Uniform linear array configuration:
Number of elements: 24
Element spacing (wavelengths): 0.75
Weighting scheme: kaiser
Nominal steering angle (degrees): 30
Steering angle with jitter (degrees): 28.735
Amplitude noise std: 0.05
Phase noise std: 0.05

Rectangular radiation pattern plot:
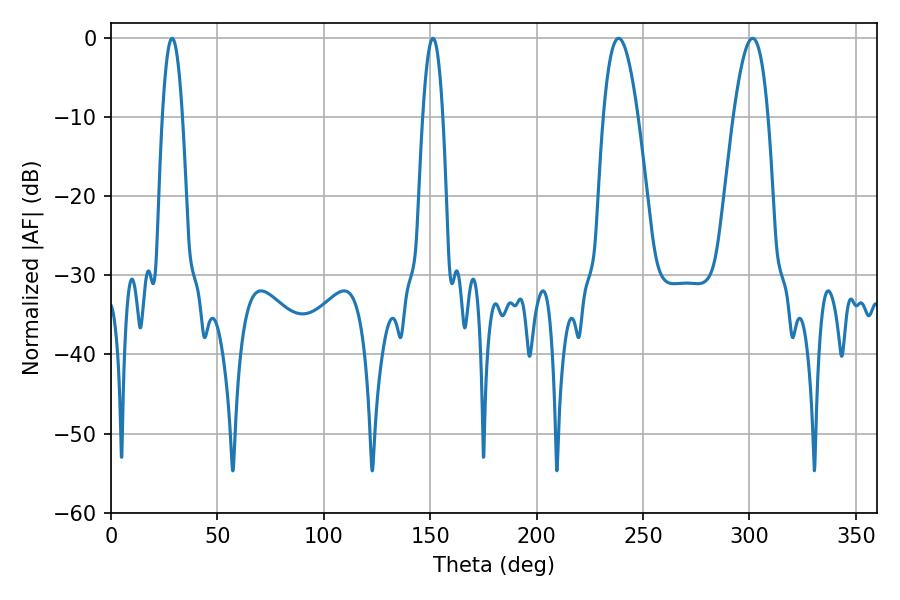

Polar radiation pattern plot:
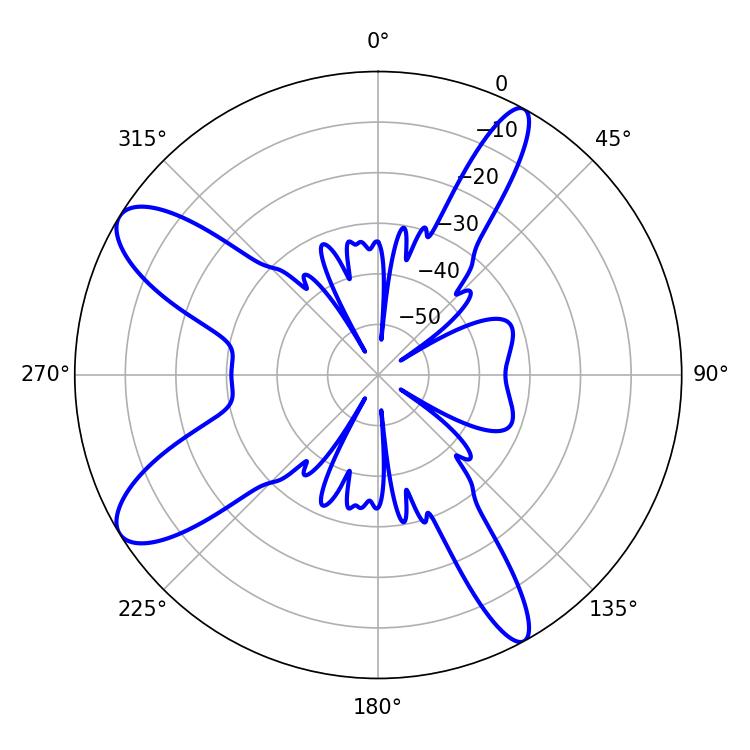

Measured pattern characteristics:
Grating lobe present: TRUE
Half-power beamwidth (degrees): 8.82
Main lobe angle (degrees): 238.5